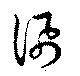
訊